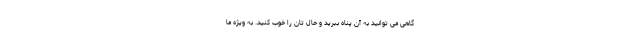
گاهی می توانید به آن پناه ببرید و حال تان را خوب کنید. به ویژه ما